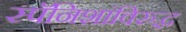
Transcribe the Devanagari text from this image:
स्पॅनिशांविरुद्ध